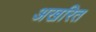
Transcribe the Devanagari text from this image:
अखरित